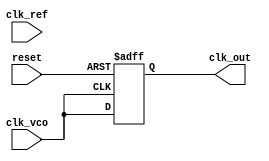
module ADPLL (
    input wire clk_ref,           // Reference clock input
    input wire clk_vco,           // VCO output clock
    input wire reset,             // Reset signal
    output wire clk_out           // Final clock output
);

// Parameters
parameter N = 4;                 // Frequency division factor
parameter PI_GAIN = 8;           // Gain for the PI filter

// Internal signals
reg [N-1:0] freq_div;            // Frequency divider counter
reg [15:0] phase_error;          // Phase error signal
reg [15:0] control_signal;       // Control signal for VCO
reg [15:0] vco_tuning;           // VCO tuning value
reg [15:0] memory_block;         // Memory block for tuning values
reg clk_out_reg;                 // Buffered output clock

// Phase Detector (PFD)
always @(posedge clk_ref or posedge reset) begin
    if (reset) begin
        phase_error <= 0;
    end else begin
        if (clk_ref && !clk_vco) begin
            phase_error <= phase_error + 1; // Reference clock leads
        end else if (!clk_ref && clk_vco) begin
            phase_error <= phase_error - 1; // VCO clock leads
        end
    end
end

// Frequency Divider
always @(posedge clk_vco or posedge reset) begin
    if (reset) begin
        freq_div <= 0;
    end else begin
        freq_div <= freq_div + 1;
        if (freq_div == N-1) begin
            freq_div <= 0; // Reset counter
        end
    end
end

// Loop Filter (PI Filter)
always @(posedge clk_ref or posedge reset) begin
    if (reset) begin
        control_signal <= 0;
    end else begin
        control_signal <= control_signal + (phase_error * PI_GAIN);
    end
end

// Digital VCO
always @(posedge clk_ref or posedge reset) begin
    if (reset) begin
        vco_tuning <= 0;
    end else begin
        vco_tuning <= control_signal; // Update VCO tuning based on control signal
    end
end

// Memory Block
always @(posedge clk_ref or posedge reset) begin
    if (reset) begin
        memory_block <= 16'h0000; // Initialize memory block
    end else begin
        memory_block <= vco_tuning; // Store tuning value
    end
end

// Output Stage
always @(posedge clk_vco or posedge reset) begin
    if (reset) begin
        clk_out_reg <= 0;
    end else begin
        clk_out_reg <= clk_vco; // Buffer VCO output
    end
end

assign clk_out = clk_out_reg; // Final clock output

endmodule